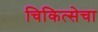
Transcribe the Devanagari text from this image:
चिकित्सेचा